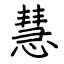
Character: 慧